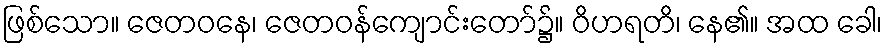
ဖြစ်သော။ ဇေတဝနေ၊ ဇေတဝန်ကျောင်းတော်၌။ ဝိဟရတိ၊ နေ၏။ အထ ခေါ၊